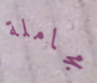
مجاملة